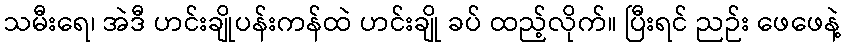
သမီးရေ၊ အဲဒီ ဟင်းချိုပန်းကန်ထဲ ဟင်းချို ခပ် ထည့်လိုက်။ ပြီးရင် ညဉ်း ဖေဖေနဲ့